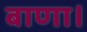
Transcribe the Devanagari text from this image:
बाणा।